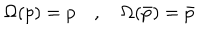
LaTeX: \Omega ( p ) = p \quad , \quad \Omega ( \bar { p } ) = \bar { p }